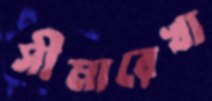
সীমারেখা